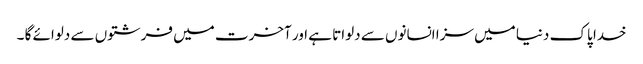
خدا پاک دنیا میں سزا انسانوں سے دلواتا ہے اور آخرت میں فرشتوں سے دلوائے گا ۔